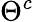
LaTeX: \Theta^{c}